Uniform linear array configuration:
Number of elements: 32
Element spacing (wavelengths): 0.25
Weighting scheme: binomial
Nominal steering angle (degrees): -30
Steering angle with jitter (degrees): -30.972
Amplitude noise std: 0.05
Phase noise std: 0.05

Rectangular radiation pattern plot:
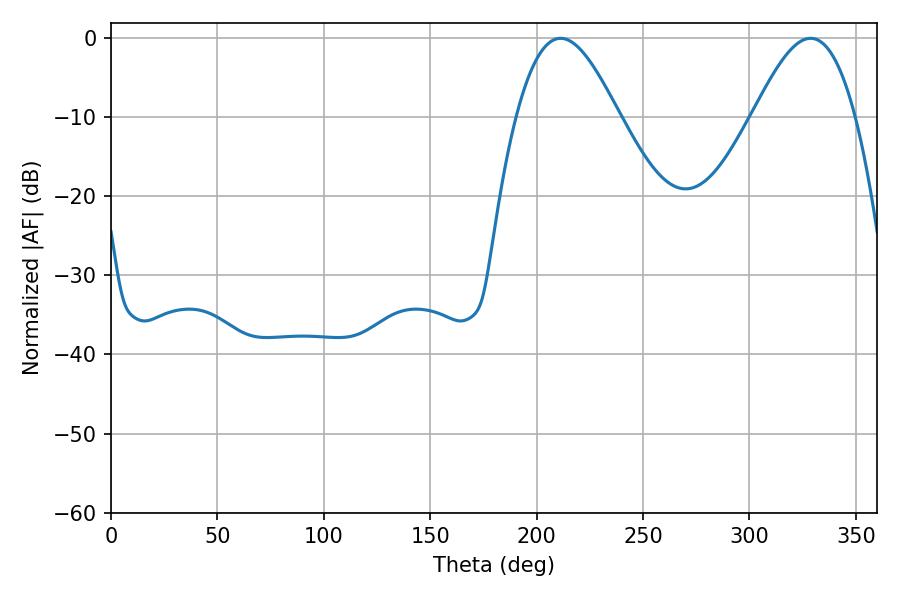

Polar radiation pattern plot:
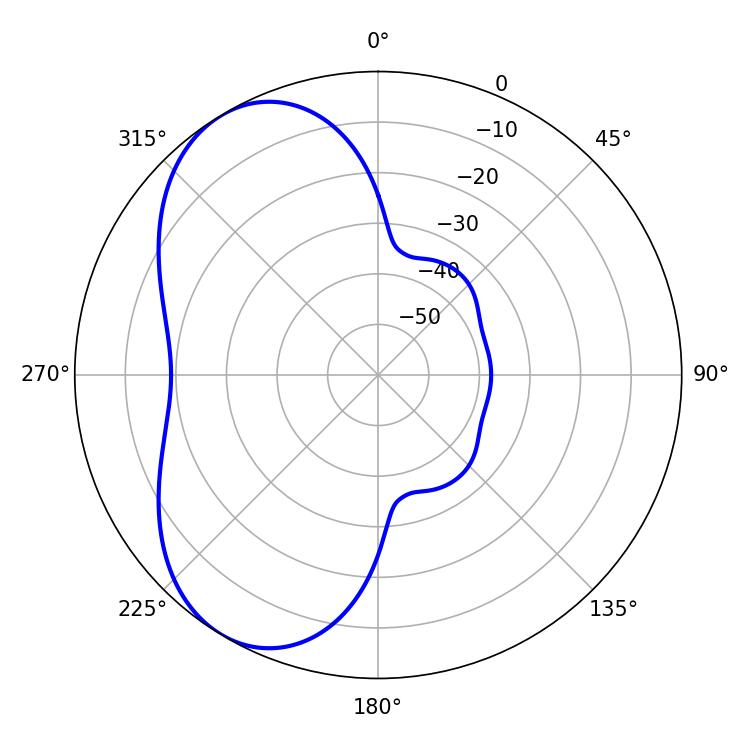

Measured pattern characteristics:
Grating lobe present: FALSE
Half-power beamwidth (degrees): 25.92
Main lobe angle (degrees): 211.32